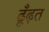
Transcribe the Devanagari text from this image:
ढूँढ़त